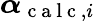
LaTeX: \boldsymbol{\alpha}_{\mathrm{~c~a~l~c~},i}